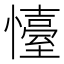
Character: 懛